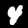
Digit: 4